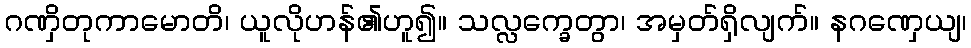
ဂဏှိတုကာမောတိ၊ ယူလိုဟန်၏ဟူ၍။ သလ္လက္ခေတွာ၊ အမှတ်ရှိလျက်။ နဂဏှေယျ၊